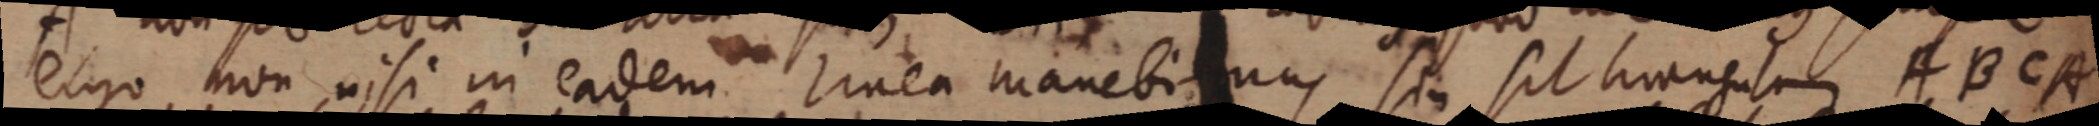
ergo non nisi in eadem linea manebina, se sit triangulum ABCA